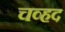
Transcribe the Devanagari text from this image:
चव्हद